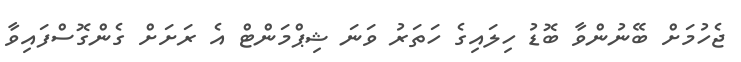
ޖެހުމަށް ބޭނުންވާ ބޮޑު ހިލައިގެ ހަތަރު ވަނަ ޝިޕްމަންޓް އެ ރަށަށް ގެންގޮސްފައިވާ